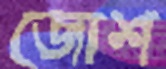
জোশ